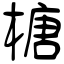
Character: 榶